Leaving Certificate Examination, 1910
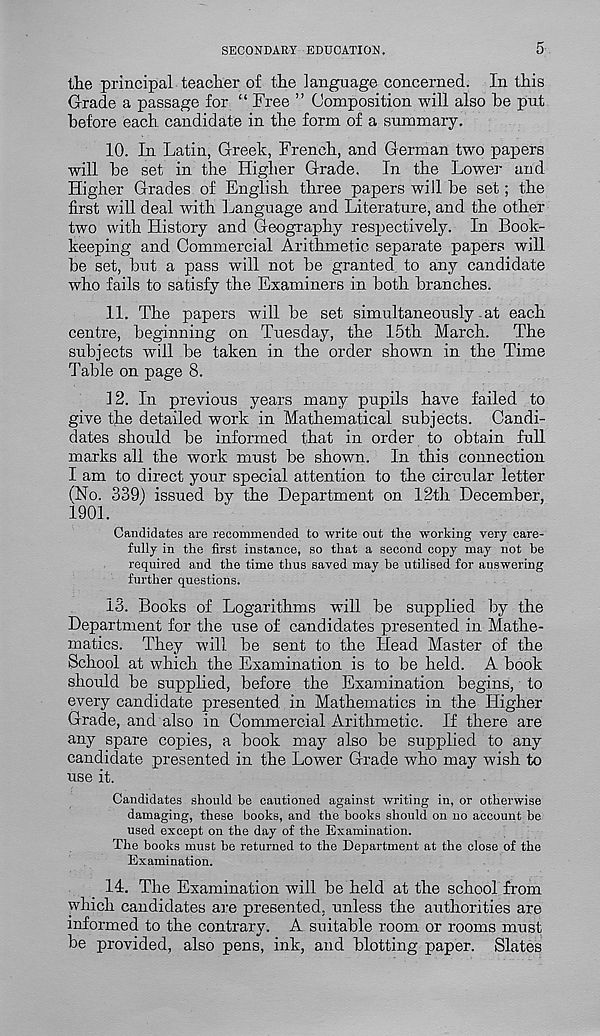
SECONDARY EDUCATION.
5-
the principal teacher of the language concerned. In this
Grade a passage for “ Free ” Composition will also he put
before each, candidate in the form of a summary.
10. In Latin, Greek, French, and German two papers
will he set in the Higher Grade. In the Lower and
Higher Grades of English three papers will he set; the
first will deal with Language and Literature, and the other
two with History and Geography respectively. In Book-
keeping and Commercial Arithmetic separate papers will
he set, hut a pass will not be granted to any candidate
who fails to satisfy the Examiners in both branches.
11. The papers will be set simultaneously at each
centre, beginning on Tuesday, the 15th March. The
subjects will be taken in the order shown in the Time
Table on page 8.
12. In previous years many pupils have failed to
give the detailed work in Mathematical subjects. Candi-
dates should be informed that in order to obtain full
marks all the work must be shown. In this connection
I am to direct your special attention to the circular letter
(No. 339) issued by the Department on 12th December,
i901.
Candidates are recommended to write out the working very care-
fully in the first instance, so that a second copy may not be
required and the time thus saved may be utilised for answering
further questions.
13. Books of Logarithms will be supplied by the
Department for the use of candidates presented in Mathe-
matics. They will be sent to the Head Master of the
School at which the Examination is to be held. A book
should be supplied, before the Examination begins, to
every candidate presented in Mathematics in the Higher
Grade, and also in Commercial Arithmetic. If there are
any spare copies, a book may also be supplied to any
candidate presented in the Lower Grade who may wish to
use it.
Candidates should be cautioned against writing in, or otherwise
damaging, these books, and the books should on no account be
used except on the day of the Examination.
The books must be returned to the Department at the close of the
Examination.
14. The Examination will be held at the school from
which candidates are presented, unless the authorities are
informed to the contrary. A suitable room or rooms must
be provided, also pens, ink, and blotting paper. Slates